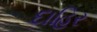
દાહિર